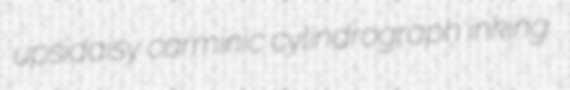
upsidaisy carminic cylindrograph inking